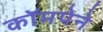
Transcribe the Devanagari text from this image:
कॉमपेने